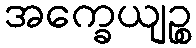
အက္ခေယျဉ္စ